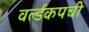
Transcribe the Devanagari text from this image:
वर्ल्डकपची